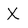
Character: X